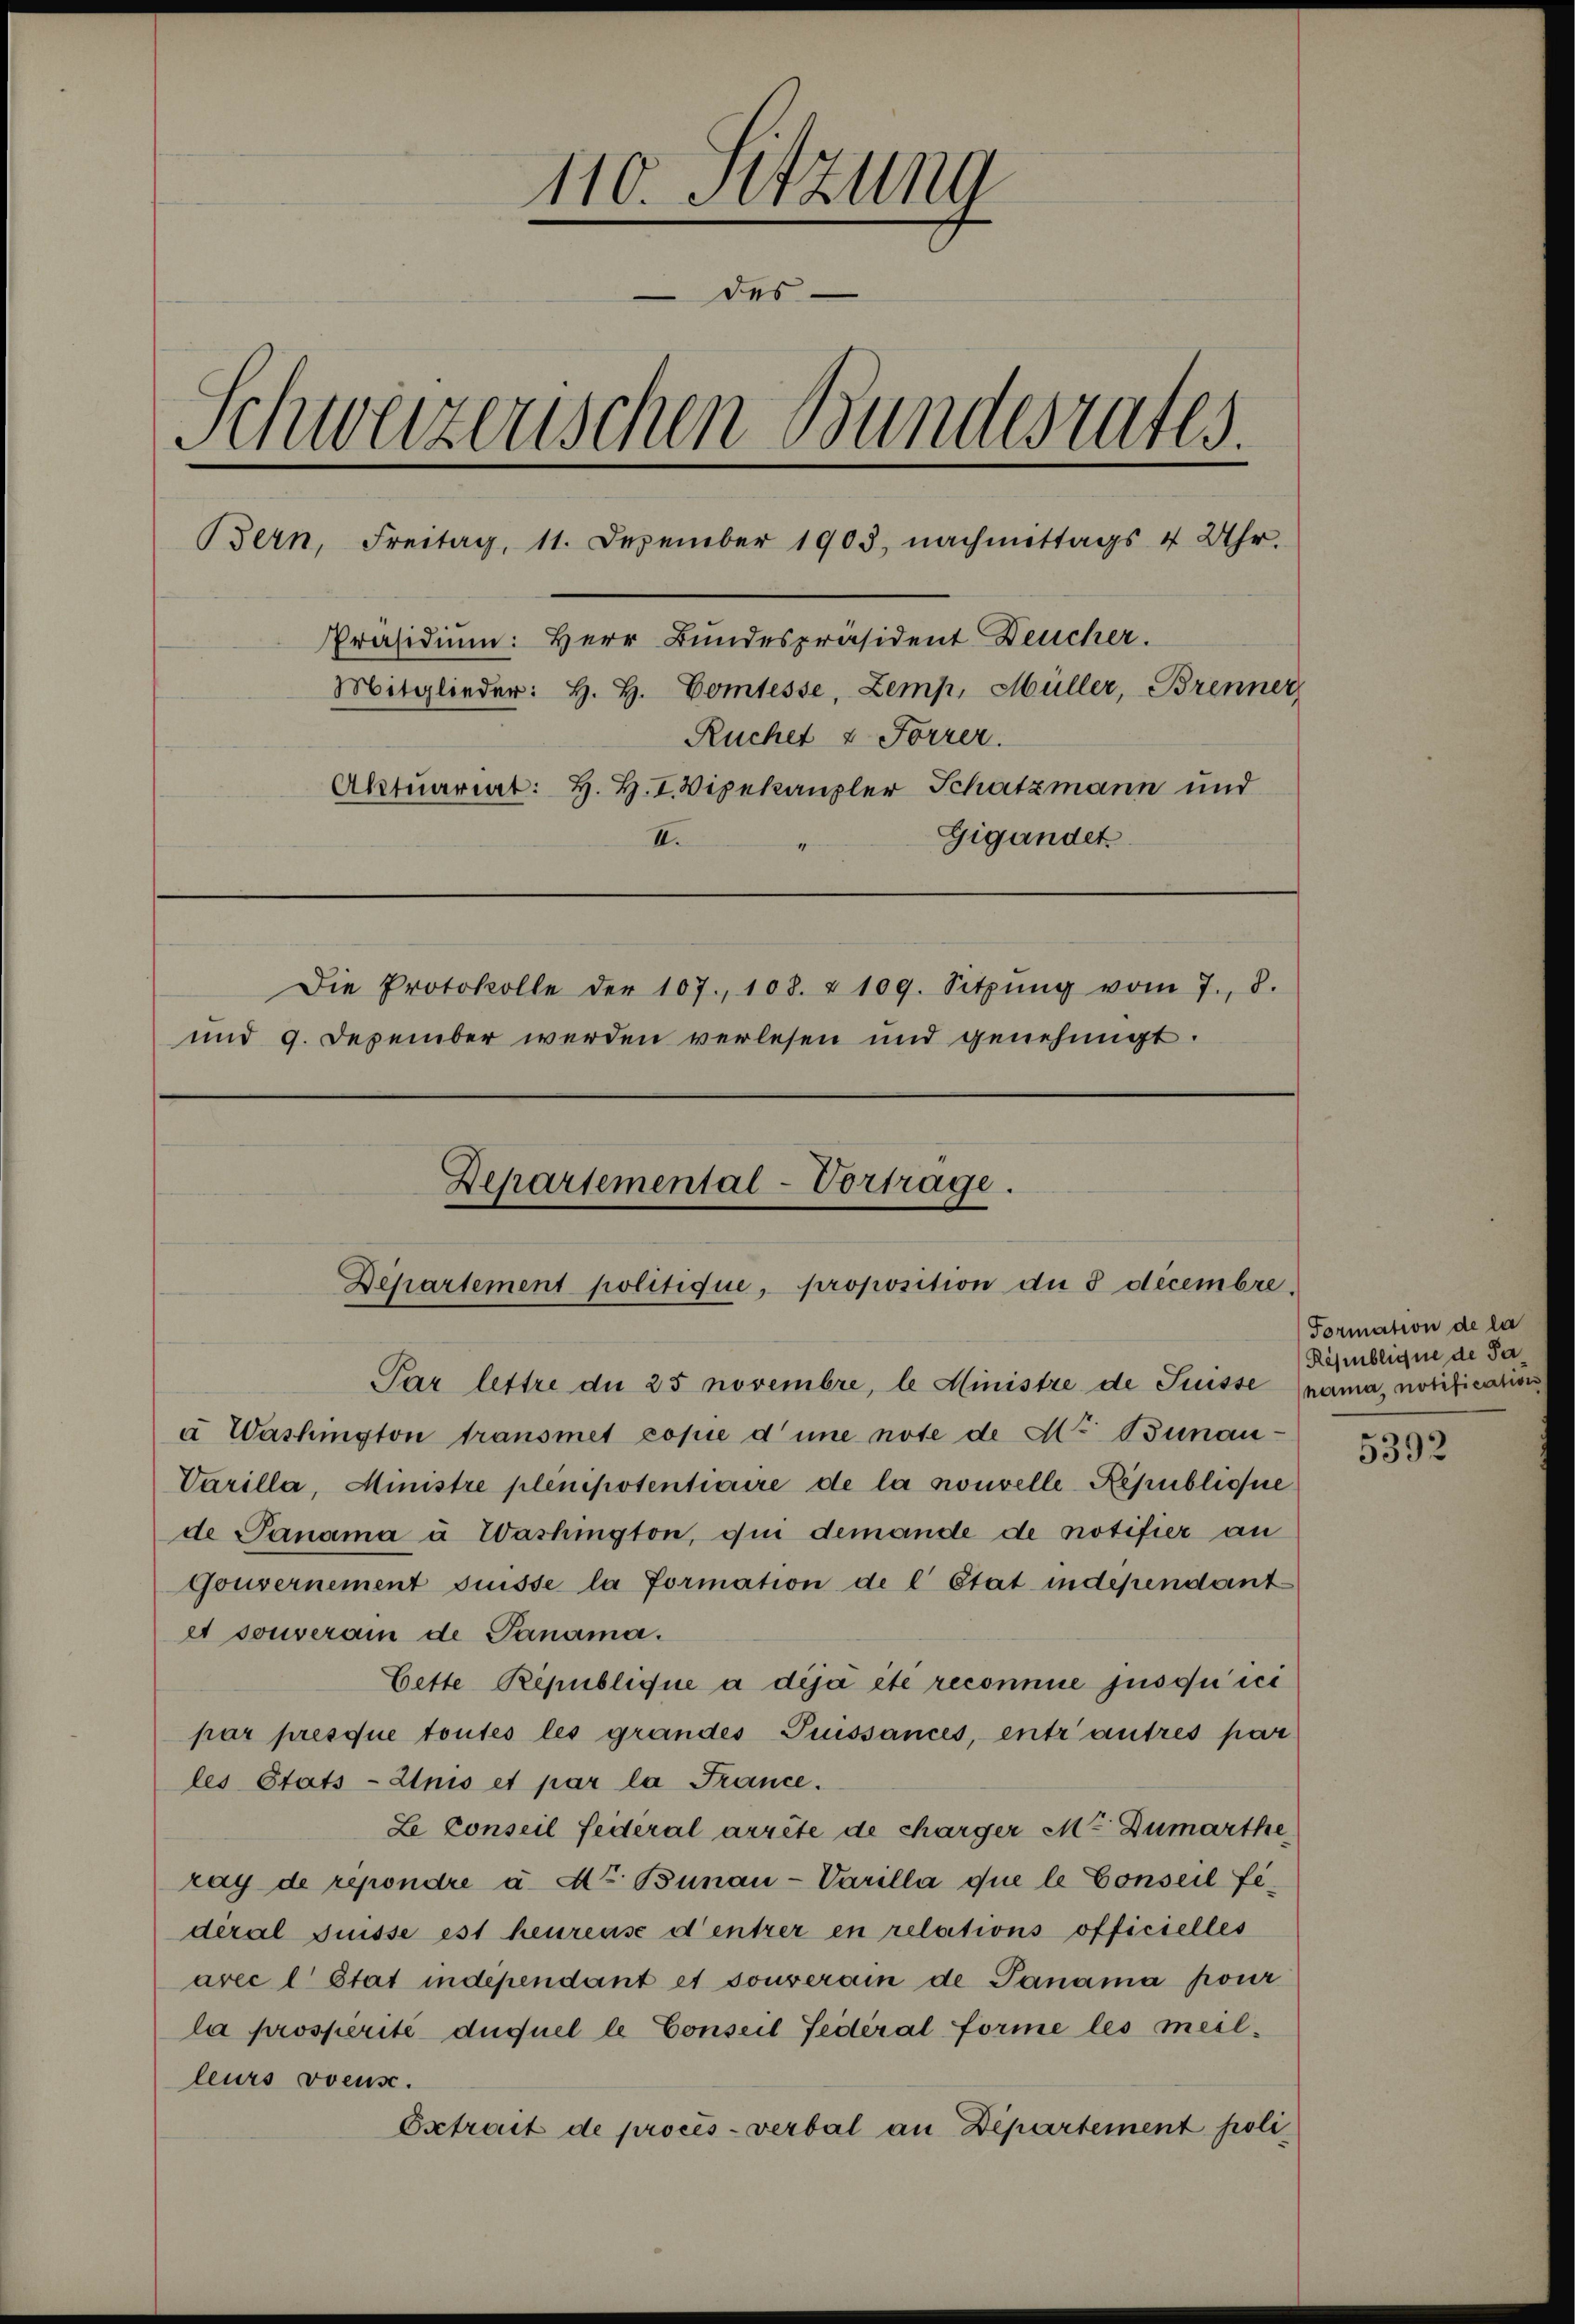
110. Sitzung
des
Schweizerischen Bundesrates.
Bern, Freitag, 11. Dezember 1903, nachmittags 4 Uhr.
Präsidium: Herr Bundespräsident Deucher.
Mitglieder: H. H. Comtesse, Zemp, Müller, Brenner
Ruchet & Forrer.
Aktuariat: H. H. I. Vizekanzler Schatzmann und
Gigandet
II.
Die Protokolle der 107., 108. & 109. Sitzŭng vom 7. d.
und 9. Dezember werden verlesen und genehmigt.
Departemental-Vortrage.
Departement politique, proposition du 3 decembre.

Par lettre du 25 novembre, le Ministre de Suisse nama, non

à Washington transmet copie d’une note de No Bunan¬
Varilla, Ministre plenipotentiaire de la nouvelle Republique
de Panama à Washington, qui demande de notifier an
Gouvernement suisse la formation de l’Etat independant
et souverain de Janama.
Cette Republique à déjà été reconnue jusqu’ici
par presque toutes les grandes Puissances, entrautres par
les Etats-Anis et par la France.
Le Conseil feiteral arrête de charger M. Dumarthe
ray de repondre à. Mr. Bünau-Varilla que le Conseil fideral Suisse est heureuse d’entrer en relations officielles
avec l Stat indépendant et souverain de Panama pour
la prosperité duquel le Conseil fédéral forme les meilleurs voeuse.
Extrait de procès-verbal an Departement poli¬

Formation
Röhenblignet

5392